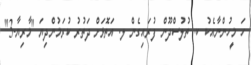
ހަ މީހުންނާއެކު ކ. ތުލުސްދޫން ފުރައިގެން ލ. އަތޮޅަށް ދަތުރު ކުރަމުންދިޔަ "މާރިޔާ-3"